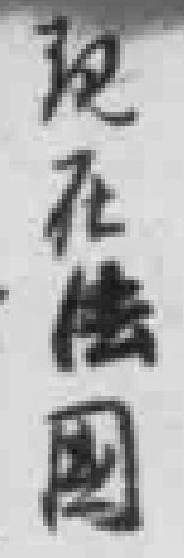
现在法國